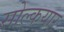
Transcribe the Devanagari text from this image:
सोल्कयार